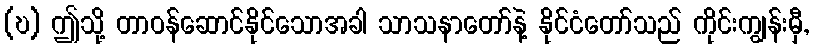
(ဎ) ဤသို့ တာဝန်ဆောင်နိုင်သောအခါ သာသနာတော်နဲ့ နိုင်ငံတော်သည် ကိုင်းကျွန်းမှီ,